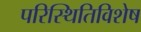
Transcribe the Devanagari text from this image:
परिस्थितिविशेष